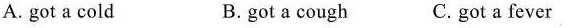
A. got a cold B.got a cough C. got a fever